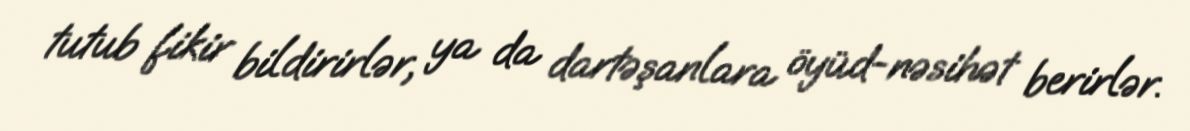
tutub fikir bildirirlər, ya da dartəşanlara öyüd-nəsihət berirlər.